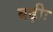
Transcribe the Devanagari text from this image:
बढ़ीः